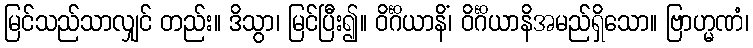
မြင်သည်သာလျှင် တည်း။ ဒိသွာ၊ မြင်ပြီး၍။ ဝိင်္ဂိယာနိံ၊ ဝိင်္ဂိယာနိအမည်ရှိသော။ ဗြာဟ္မဏံ၊